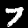
Label: 7